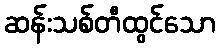
ဆန်းသစ်တီထွင်သော